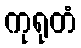
ကုရုတံ